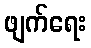
ဖျက်ရေး